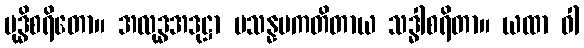
ဗုဒ္ဓိစရိတော။ အလုဒ္ဓအဒုဋ္ဌာ ပသန္နပကတိတာယ သဒ္ဓါစရိတာ။ ယထာ ဝါ